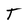
Character: T